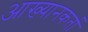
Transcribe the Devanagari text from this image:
आख्यानकर्ता